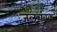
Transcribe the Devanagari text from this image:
जलचुंबक